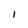
Character: 1